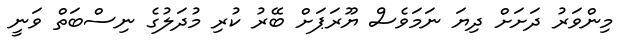
މިންވަރު ދަށަށް ދިޔަ ނަމަވެސް ޔޫރަޕަށް ބޭރު ކުރި މުދަލުގެ ނިސްބަތް ވަނީ